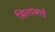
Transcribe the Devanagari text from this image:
सिताबाई